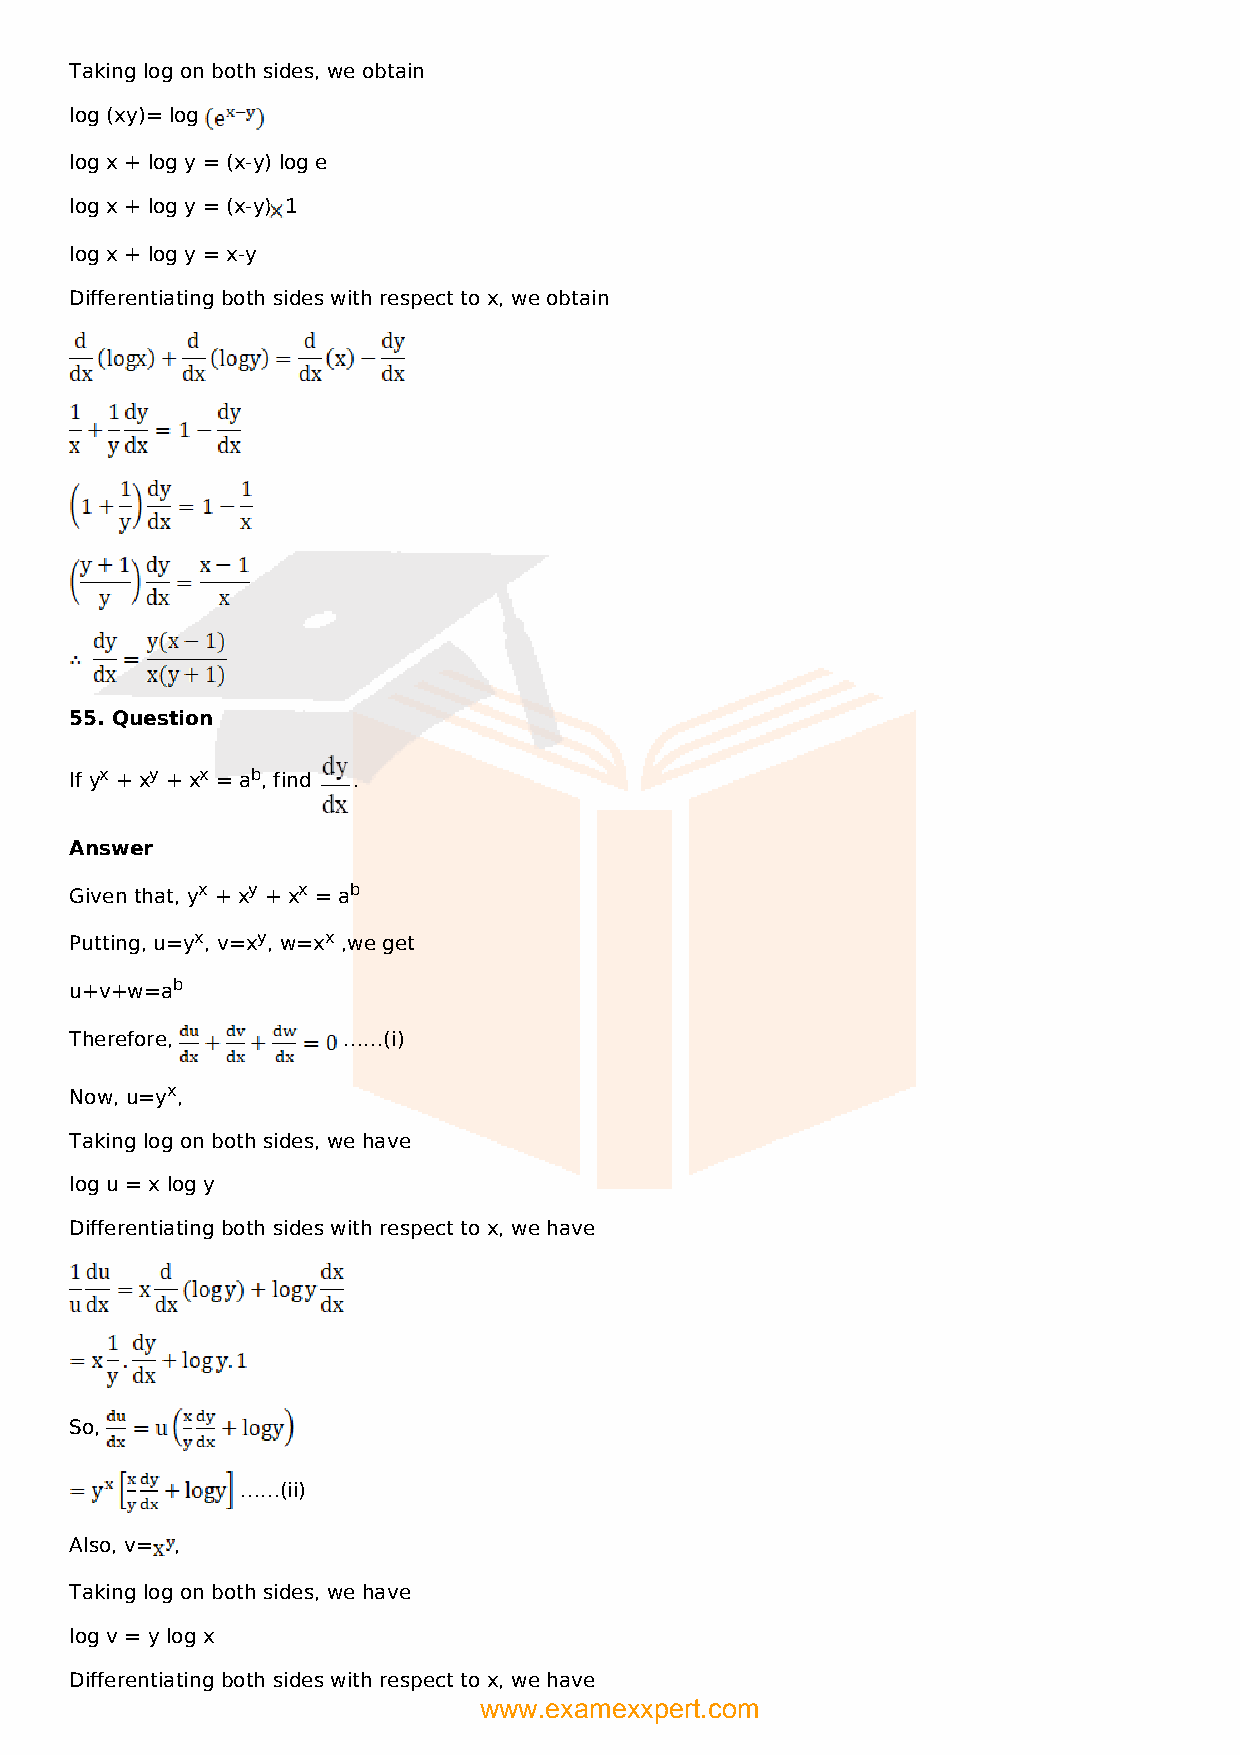
Taking log on both sides, we obtain
 log (xy)= log
 log x + log y = (x-y) log e
 log x + log y = (x-y) 1
 log x + log y = x-y
 Differentiating both sides with respect to x, we obtain
 55. Question
 If yx + xy + xx = ab, find .
 Answer
 Given that, yx + xy + xx = ab
 Putting, u=yx, v=xy, w=xx ,we get
 u+v+w=ab
 Therefore,        ……(i)
 Now, u=yx,
 Taking log on both sides, we have
 log u = x log y
 Differentiating both sides with respect to x, we have
 So,
 ……(ii)
 Also, v= ,
 Taking log on both sides, we have
 log v = y log x
 Differentiating both sides with respect to x, we have
 www.examexxpert.com